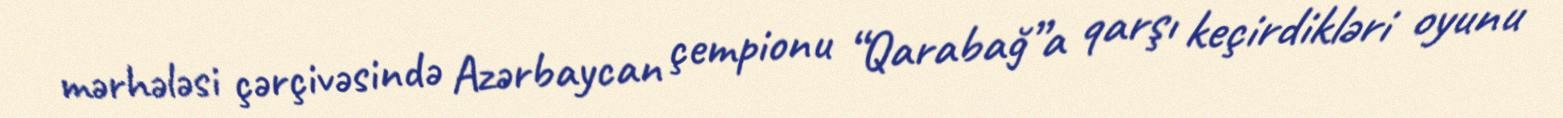
mərhələsi çərçivəsində Azərbaycan çempionu “Qarabağ”a qarşı keçirdikləri oyunu